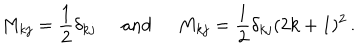
M _ { k j } = \frac { 1 } { 2 } \delta _ { k j } \; \; \mathrm { a n d } \; \; M _ { k j } = \frac { 1 } { 2 } \delta _ { k j } ( 2 k + 1 ) ^ { 2 } \, .